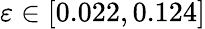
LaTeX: \varepsilon\in[0.022,0.124]